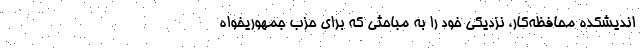
اندیشکده محافظه‌کار، نزدیکی خود را به مباحثی که برای حزب جمهوریخواه